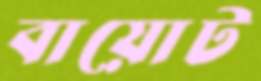
বায়োট